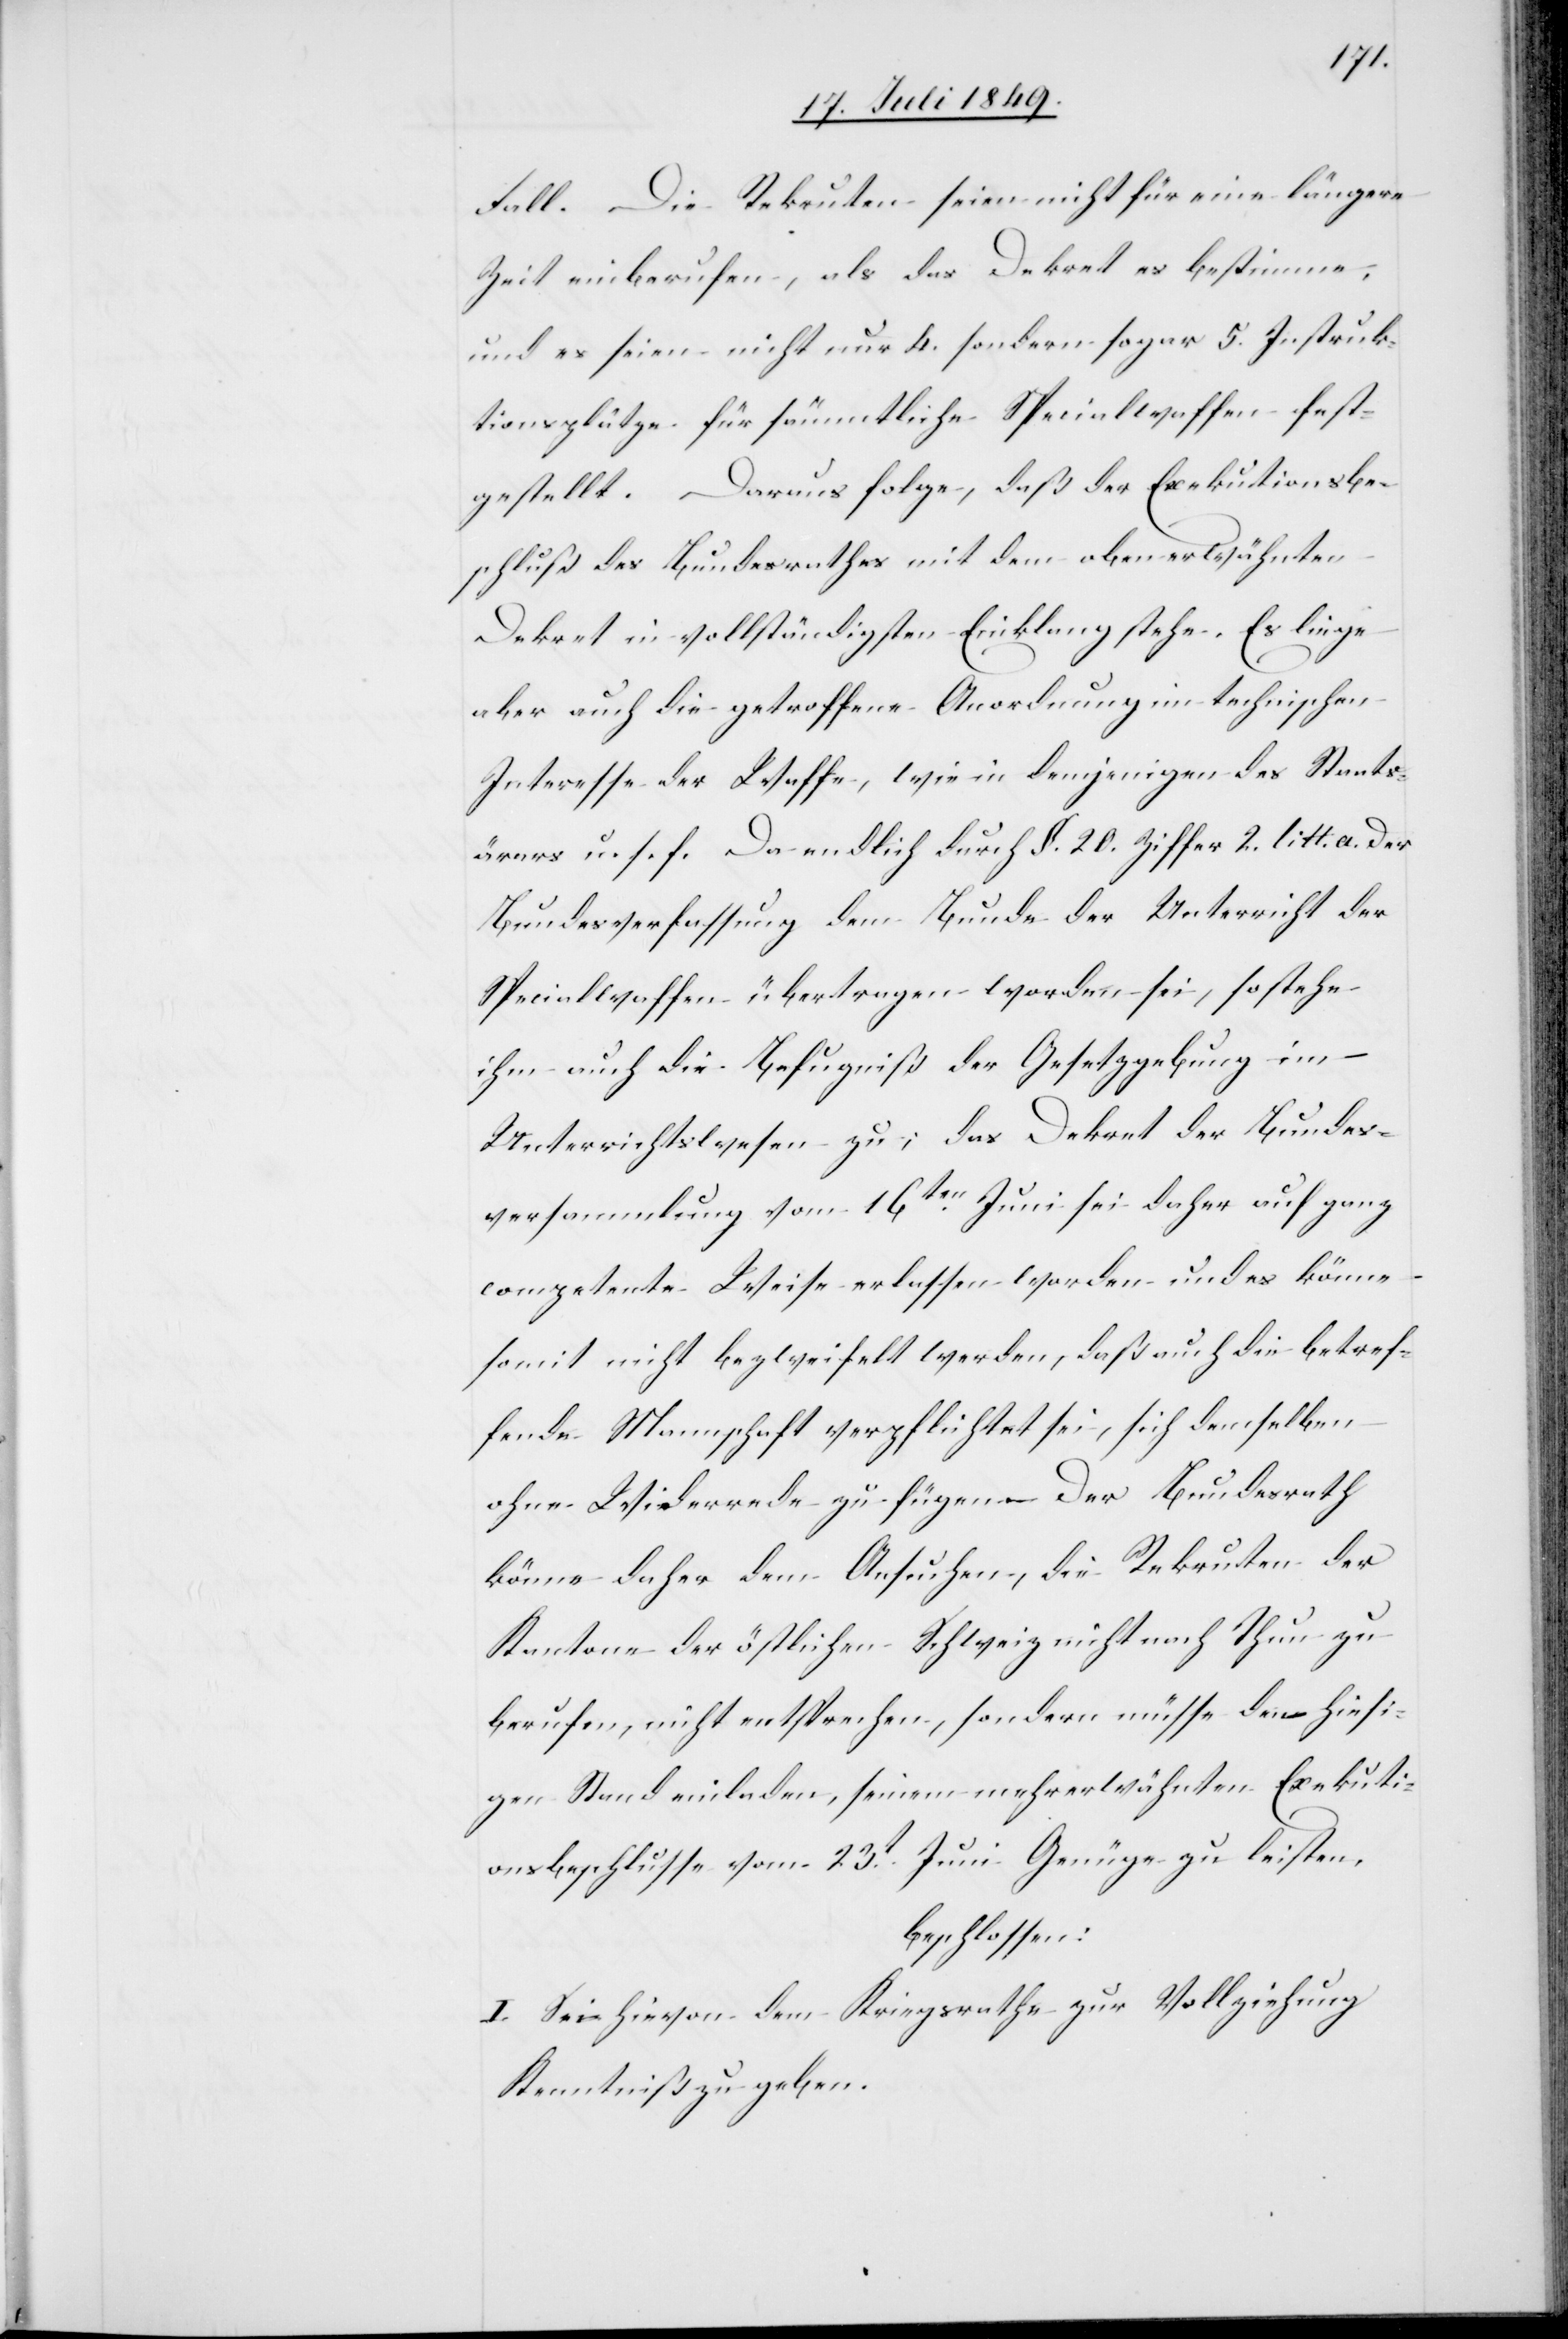
Fall. Die Rekruten seien nicht für eine längere
Zeit einberufen, als das Dekret es bestimme,
und es seien nicht nur 4. sondern sogar 5. Instruk¬
tionsplätze für sämmtliche Specialwaffen fest¬
gestellt. Daraus folge, daß der Exekutionsbe¬
schluß des Bundesrathes mit dem oben erwähnten
Dekret in vollständigsten Einklang stehe. Es liege
aber auch die getroffene Anordnung im technischen
Interesse der Waffe, wie in demjenigen des Staats¬
ärers u. s. f. Da endlich durch §. 20. Ziffer 2. litt. a. der
Bundesverfassung dem Bunde der Unterricht der
Specialwaffen übertragen worden sei, so stehe
ihm auch die Befugniß der Gesetzgebung im
Unterrichtswesen zu; das Dekret der Bundes¬
versammlung vom 16ten Juni sei daher auf ganz
competente Weise erlassen worden und es könne
somit nicht bezweifelt werden, daß auch die betref¬
fende Mannschaft verpflichtet sei, sich demselben
ohne Widerrede zu fügen. Der Bundesrath
könne daher dem Ansuchen, die Rekruten der
Kantone der östlichen Schweiz nicht nach Thun zu
berufen, nicht entsprechen, sondern müsse den hiesi¬
gen Stand einladen, seinem mehrerwähnten Exekuti¬
onsbeschlusse vom 23t Juni Genüge zu leisten,
beschlossen:
I. Sei hievon dem Kriegsrathe zur Vollziehung
Kenntniß zu geben.